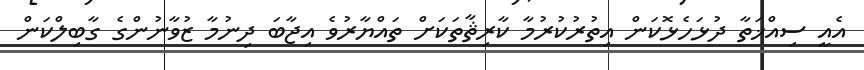
އެއީ ސިއްޚަތާ ދުޅަހެޅޮކަން އިތުރުކުރުމާ ކާރިޘާތަކަށް ތައްޔާރުވެ އިޖާބަ ދިނުމާ ޒުވާނުންގެ ގާބިލްކަން